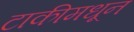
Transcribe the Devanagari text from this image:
टाकीमधून